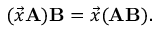
( { \vec { x } } \mathbf { A } ) \mathbf { B } = { \vec { x } } ( \mathbf { A B } ) .